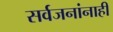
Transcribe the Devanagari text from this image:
सर्वजनांनाही